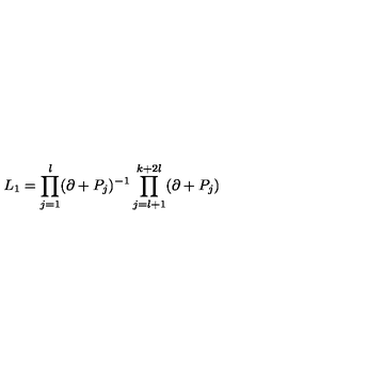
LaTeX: L _ { 1 } = \prod _ { j = 1 } ^ { l } ( \partial + P _ { j } ) ^ { - 1 } \prod _ { j = l + 1 } ^ { k + 2 l } ( \partial + P _ { j } )